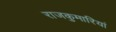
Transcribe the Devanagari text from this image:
राजकुमारियां